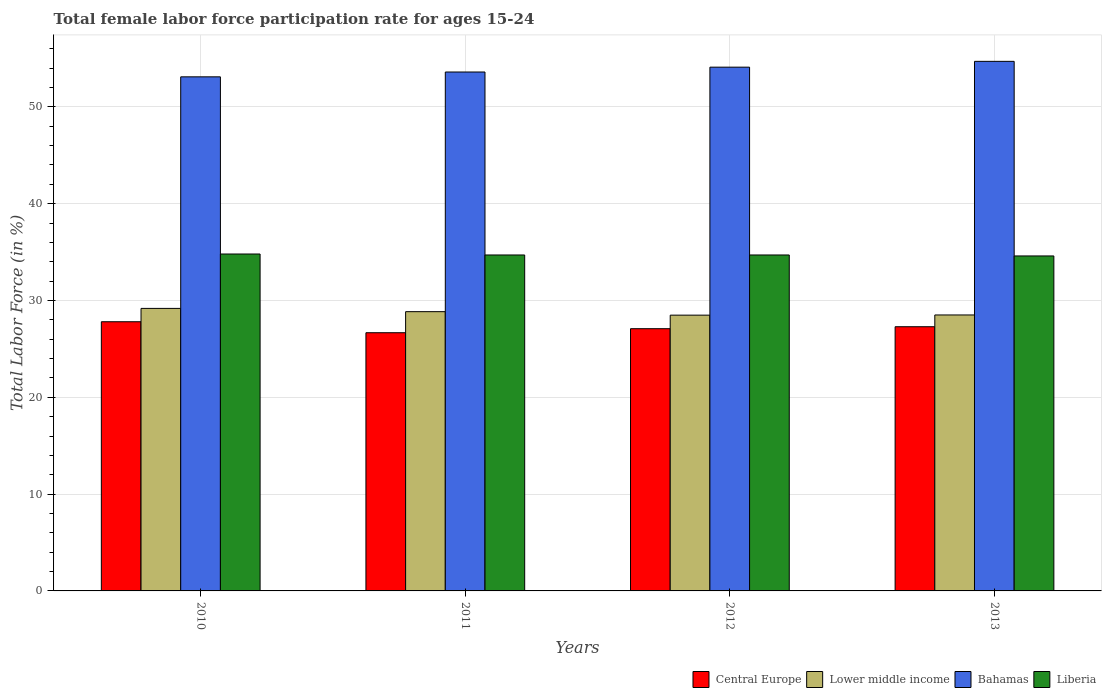
| Years | Central Europe | Lower middle income | Bahamas | Liberia |
 | --- | --- | --- | --- | --- |
 | 2010 | 27.8 | 29.2 | 53.1 | 34.8 |
 | 2011 | 26.7 | 28.8 | 53.6 | 34.7 |
 | 2012 | 27.1 | 28.5 | 54.1 | 34.7 |
 | 2013 | 27.3 | 28.5 | 54.7 | 34.6 |